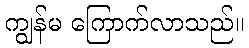
ကျွန်မ ကြောက်လာသည်။